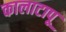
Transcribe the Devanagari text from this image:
कालाटापू